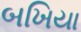
બખિયા